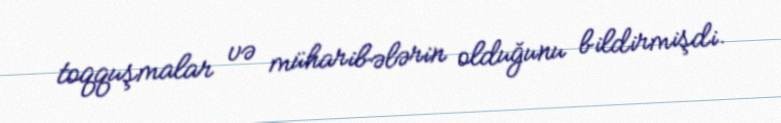
toqquşmalar və müharibələrin olduğunu bildirmişdi.